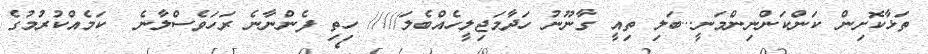
ތަޅާކޮށިން ކަންކަންނިންމަނީ...ބަލި ތިއީ ގާނޫނު ހަދާމަޖިލީހެއްބެލަ///// ހިތި ފެންނާނެ ރަހަވެސްލާނެ  ކަމެއްކުރުމުގެ